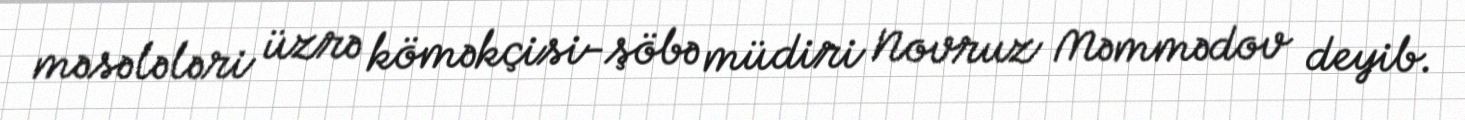
məsələləri üzrə köməkçisi-şöbə müdiri Novruz Məmmədov deyib.